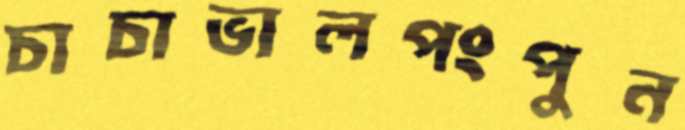
চাচাভালপংপুন